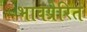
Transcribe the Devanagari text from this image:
भावप्रेरित